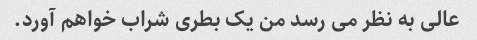
عالی به نظر می رسد من یک بطری شراب خواهم آورد.